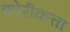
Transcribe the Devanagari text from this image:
कोरीकत्ता